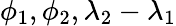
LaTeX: \phi_{1},\phi_{2},\lambda_{2}-\lambda_{1}